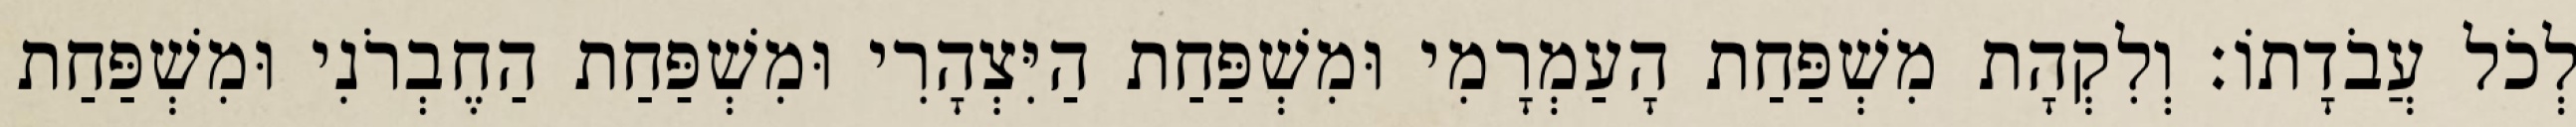
לְכֹל עֲבֹדָתוֹ׃ וְלִקְהָת מִשְׁפַּחַת הָעַמְרָמִי וּמִשְׁפַּחַת הַיִּצְהָרִי וּמִשְׁפַּחַת הַחֶבְרֹנִי וּמִשְׁפַּחַת